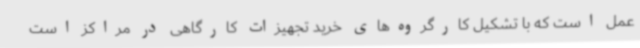
عمل است که با تشکیل کارگروه‌های خرید تجهیزات کارگاهی در مراکز است